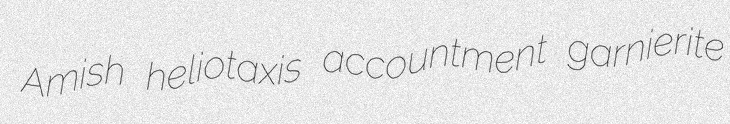
Amish heliotaxis accountment garnierite